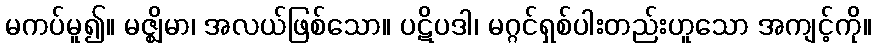
မကပ်မူ၍။ မဇ္ဈိမာ၊ အလယ်ဖြစ်သော။ ပဋိပဒါ၊ မဂ္ဂင်ရှစ်ပါးတည်းဟူသော အကျင့်ကို။